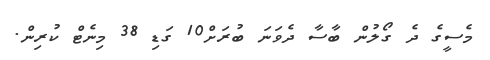
މެސީގެ ދެ ގޯލުން ބާސާ ދެވަނަ ބުރަށް10 ގަޑި 38 މިނެޓް ކުރިން.